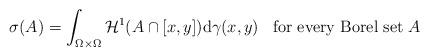
LaTeX: \begin{align*}\sigma(A)=\int_{\Omega \times \Omega} \mathcal{H}^1(A \cap [x,y])\mathrm{d}\gamma(x,y)\;\;\;\mbox{for every Borel set}\;A\end{align*}